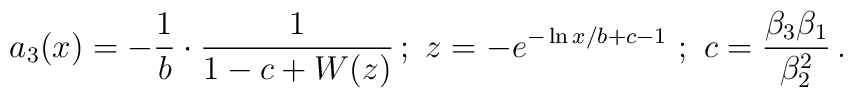
a_3(x)=-\frac{1}{b}\cdot \frac{1}{1-c+W(z)}\, ; \ z=-e^{-\ln x/b+c-1}\  ;\ c=\frac{\beta_3\beta_1}{\beta^2_2}\, .